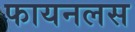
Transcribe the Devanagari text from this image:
फायनलस